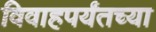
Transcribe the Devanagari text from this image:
विवाहपर्यंतच्या